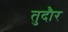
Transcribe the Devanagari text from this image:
तुदौर